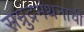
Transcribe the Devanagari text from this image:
सम्रुद्रमंथनाची